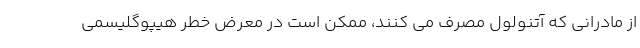
از مادرانی که آتنولول مصرف می کنند، ممکن است در معرض خطر هیپوگلیسمی